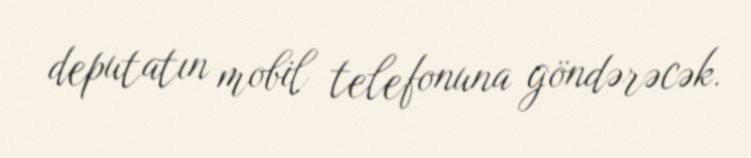
deputatın mobil telefonuna göndərəcək.